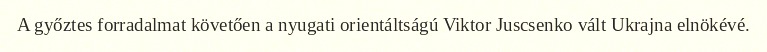
A győztes forradalmat követően a nyugati orientáltságú Viktor Juscsenko vált Ukrajna elnökévé.